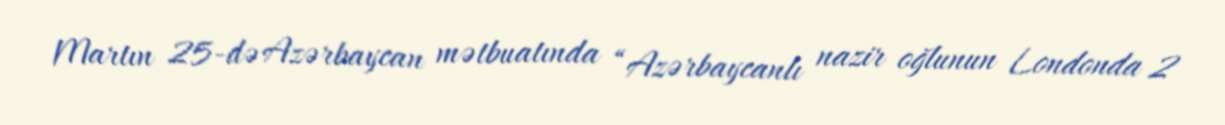
Martın 25-də Azərbaycan mətbuatında “Azərbaycanlı nazir oğlunun Londonda 2